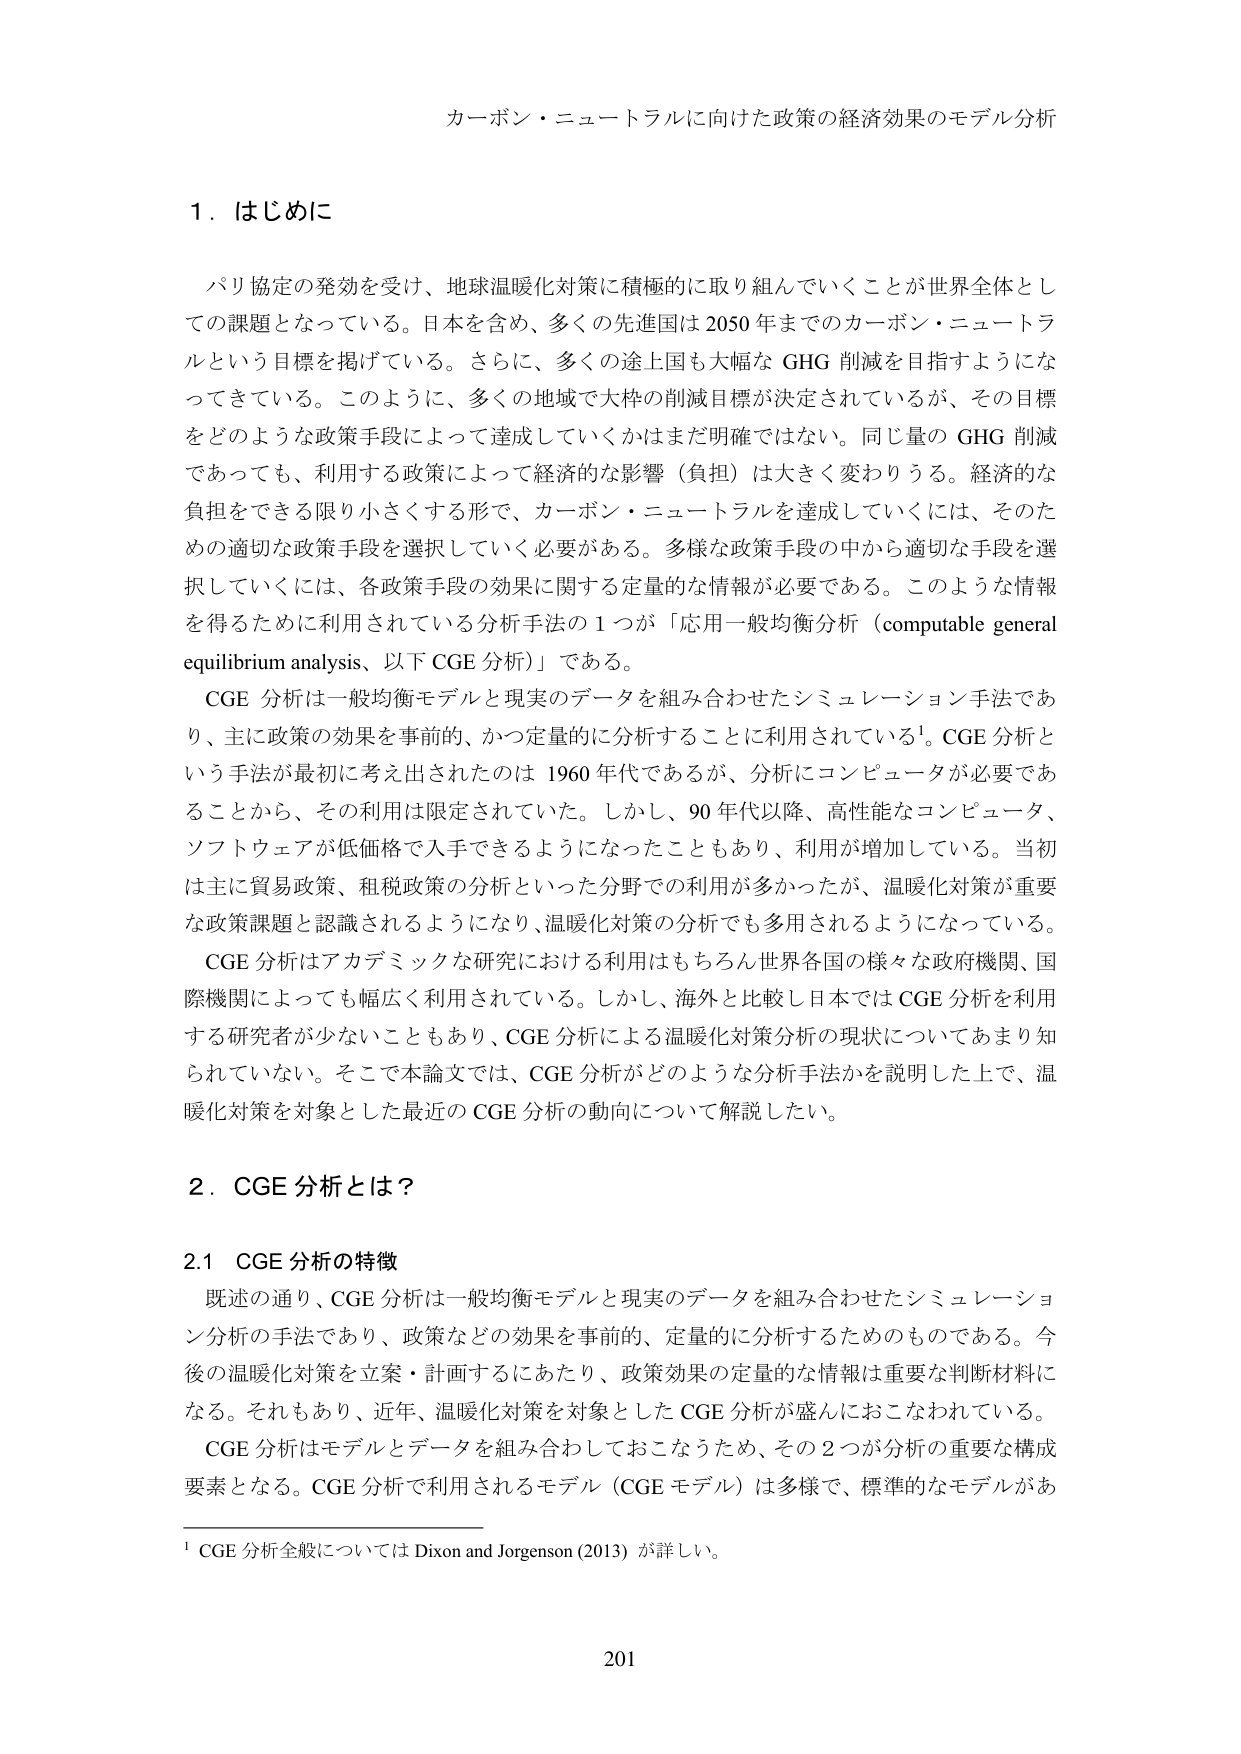
カーボン・ニュートラルに向けた政策の経済効果のモデル分析

１．はじめに

　パリ協定の発効を受け、地球温暖化対策に積極的に取り組んでいくことが世界全体としての課題となっている。日本を含め、多くの先進国は2050年までのカーボン・ニュートラルという目標を掲げている。さらに、多くの途上国も大幅なGHG削減を目指すようになってきている。このように、多くの地域で大枠の削減目標が決定されているが、その目標をどのような政策手段によって達成していくかはまだ明確ではない。同じ量のGHG削減であっても、利用する政策によって経済的な影響（負担）は大きく変わりうる。経済的な負担をできる限り小さくする形で、カーボン・ニュートラルを達成していくには、そのための適切な政策手段を選択していく必要がある。多様な政策手段の中から適切な手段を選択していくには、各政策手段の効果に関する定量的な情報が必要である。このような情報を得るために利用されている分析手法の1つが「応用一般均衡分析（computable general equilibrium analysis、以下CGE分析）」である。

　CGE分析は一般均衡モデルと現実のデータを組み合わせたシミュレーション手法であり、主に政策の効果を事前的、かつ定量的に分析することに利用されている¹。CGE分析という手法が最初に考え出されたのは1960年代であるが、分析にコンピュータが必要であることから、その利用は限定されていた。しかし、90年代以降、高性能なコンピュータ、ソフトウェアが低価格で入手できるようになったこともあり、利用が増加している。当初は主に貿易政策、租税政策の分析といった分野での利用が多かったが、温暖化対策が重要な政策課題と認識されるようになり、温暖化対策の分析でも多用されるようになっている。

　CGE分析はアカデミックな研究における利用はもちろん世界各国の様々な政府機関、国際機関によっても幅広く利用されている。しかし、海外と比較し日本ではCGE分析を利用する研究者が少ないこともあり、CGE分析による温暖化対策分析の現状についてあまり知られていない。そこで本論文では、CGE分析がどのような分析手法かを説明した上で、温暖化対策を対象とした最近のCGE分析の動向について解説したい。

２．CGE分析とは？

2.1 CGE分析の特徴

　既述の通り、CGE分析は一般均衡モデルと現実のデータを組み合わせたシミュレーション分析の手法であり、政策などの効果を事前的、定量的に分析するためのものである。今後の温暖化対策を立案・計画するにあたり、政策効果の定量的な情報は重要な判断材料になる。それもあり、近年、温暖化対策を対象としたCGE分析が盛んにおこなわれている。

　CGE分析はモデルとデータを組み合わせておこなうため、その2つが分析の重要な構成要素となる。CGE分析で利用されるモデル（CGEモデル）は多様で、標準的なモデルがあ

¹ CGE分析全般についてはDixon and Jorgenson (2013)が詳しい。

201